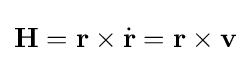
\mathbf {H} =\mathbf {r} \times {\dot {\mathbf {r} }}=\mathbf {r} \times \mathbf {v}